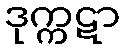
ဒုက္ကဋာ